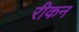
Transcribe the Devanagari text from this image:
रीकन